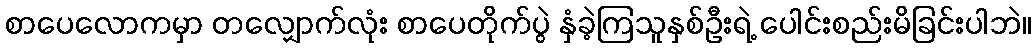
စာပေလောကမှာ တလျှောက်လုံး စာပေတိုက်ပွဲ နှံခဲ့ကြသူနှစ်ဦးရဲ့ ပေါင်းစည်းမိခြင်းပါဘဲ။